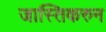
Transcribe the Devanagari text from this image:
जास्तिकरुन